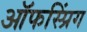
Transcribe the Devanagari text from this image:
ऑफस्प्रिंग